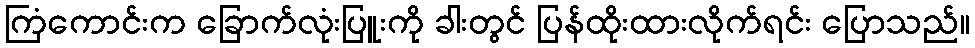
ကြံကောင်းက ခြောက်လုံးပြူးကို ခါးတွင် ပြန်ထိုးထားလိုက်ရင်း ပြောသည်။